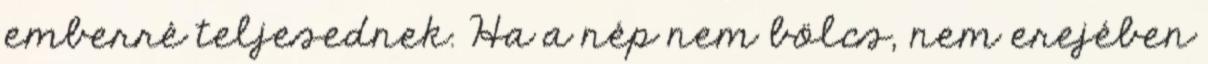
emberré teljesednek. Ha a nép nem bölcs, nem erejében